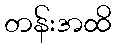
တန်းအထိ